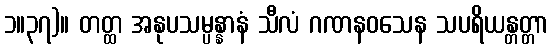
၁။၃၇)။ တတ္ထ အနုပသမ္ပန္နာနံ သီလံ ဂဏနဝသေန သပရိယန္တတ္တာ